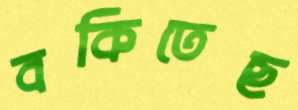
বকিতেছ